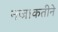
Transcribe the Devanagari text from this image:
नजाकतीने